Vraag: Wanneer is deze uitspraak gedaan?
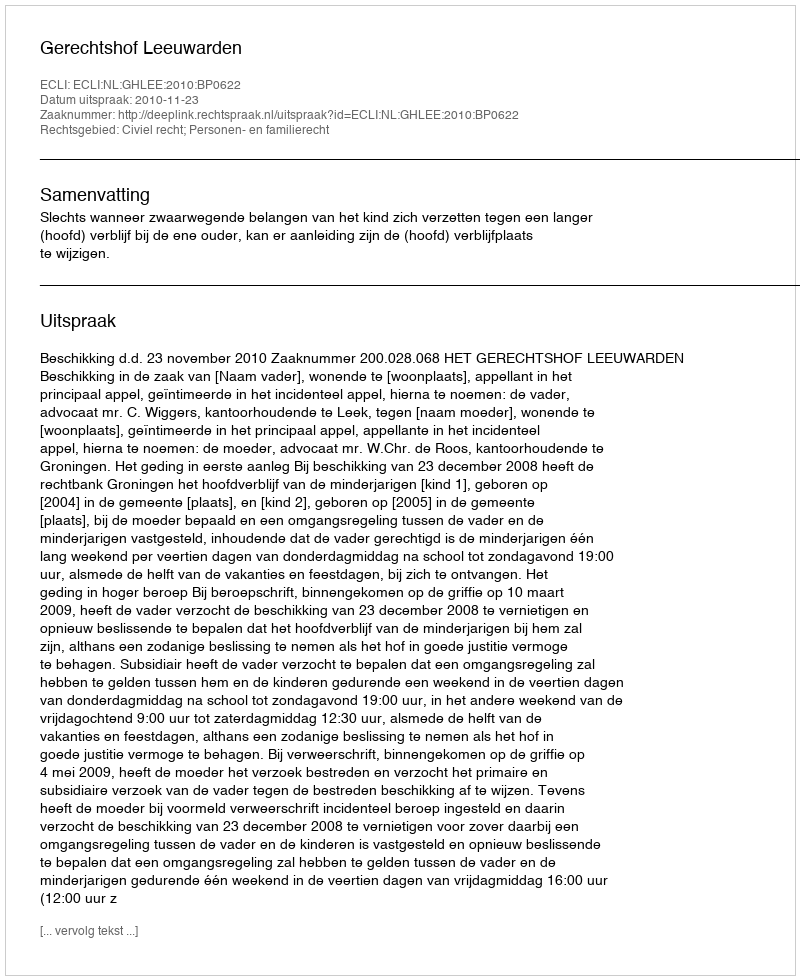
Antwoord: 2010-11-23